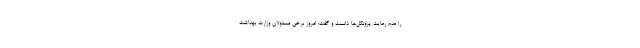
را عدم رعایت پروتکل‌ها دانست و گفت: امروز برخی مسئولان وزارت بهداشت